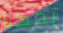
تمكنا